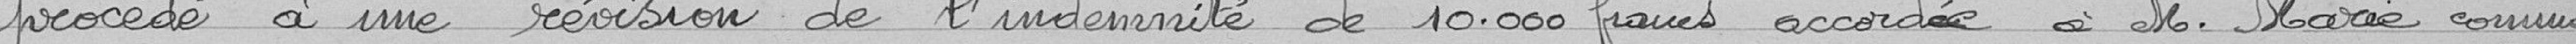
procédé à une révision de l'indemnité de 10,000 francs accordée à Monsieur Marie comme